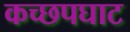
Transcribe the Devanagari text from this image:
कच्छपघाट